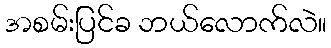
အစမ်းပြင်ခ ဘယ်လောက်လဲ။